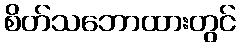
စိတ်သဘောထားတွင်